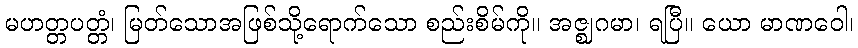
မဟတ္တပတ္တံ၊ မြတ်သောအဖြစ်သို့ရောက်သော စည်းစိမ်ကို။ အဇ္ဈဂမာ၊ ရပြီ။ ယော မာဏဝေါ၊